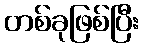
တစ်ခုဖြစ်ပြီး